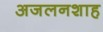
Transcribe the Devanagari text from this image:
अजलनशाह